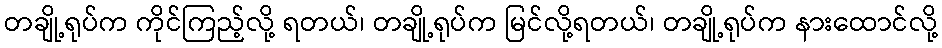
တချို့ရုပ်က ကိုင်ကြည့်လို့ ရတယ်၊ တချို့ရုပ်က မြင်လို့ရတယ်၊ တချို့ရုပ်က နားထောင်လို့